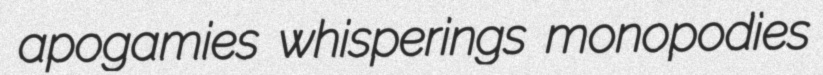
apogamies whisperings monopodies